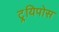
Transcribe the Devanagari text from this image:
ट्र्यिपोस